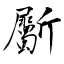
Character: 斸